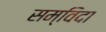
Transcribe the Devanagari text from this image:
सम्विदा